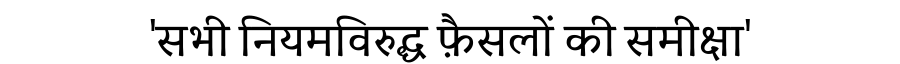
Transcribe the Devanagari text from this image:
'सभी नियमविरुद्ध फ़ैसलों की समीक्षा'